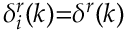
\delta _ { i } ^ { r } ( k ) { = } \delta ^ { r } ( k )